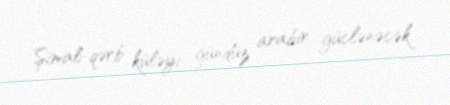
Şimal-qərb küləyi gündüz arabir güclənəcək.